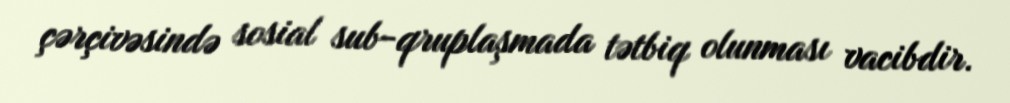
çərçivəsində sosial sub-qruplaşmada tətbiq olunması vacibdir.